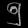
Digit: ၅